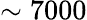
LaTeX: \sim 7000